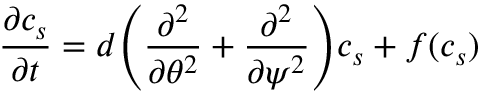
\frac { \partial c _ { s } } { \partial t } = d \Biggr ( \frac { \partial ^ { 2 } } { \partial \theta ^ { 2 } } + \frac { \partial ^ { 2 } } { \partial \psi ^ { 2 } } \Biggr ) c _ { s } + f ( c _ { s } )